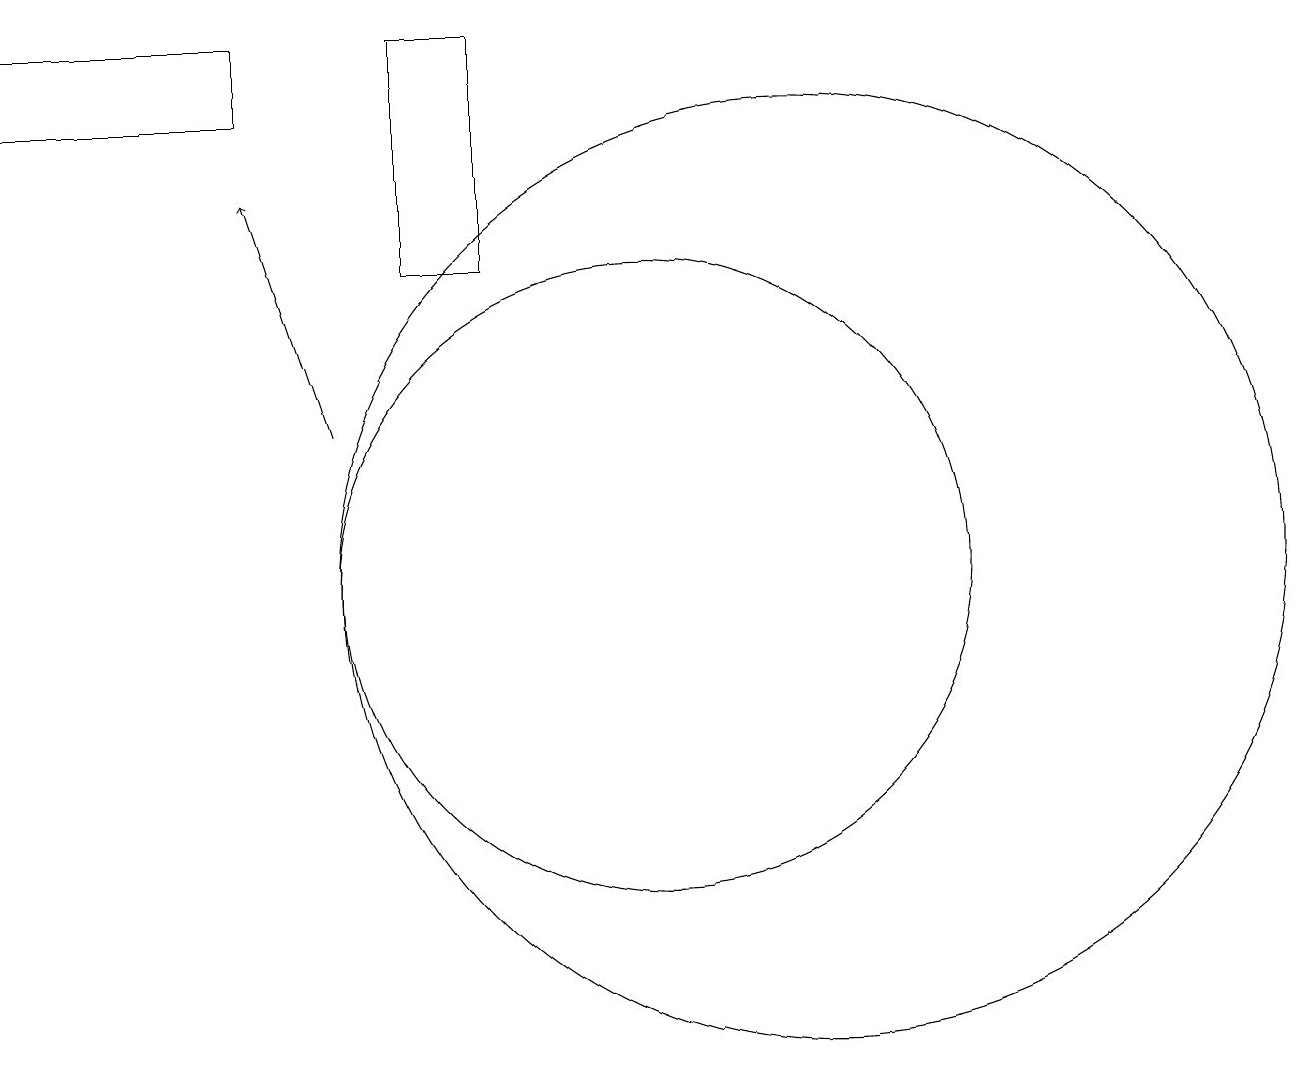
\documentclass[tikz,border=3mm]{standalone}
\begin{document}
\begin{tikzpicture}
\draw (5,17) rectangle (2,16);
\draw (12,10) circle (6);
\draw (10,10) circle (4);
\draw[->] (6,12) -- (5,15);
\draw (8,14) rectangle (7,17);
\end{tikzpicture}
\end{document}